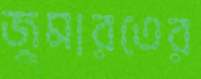
জুমারতের